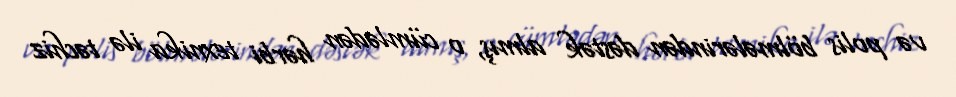
və polis bölmələrindən dəstək almış, o cümlədən hərbi texnika ilə təchiz